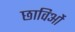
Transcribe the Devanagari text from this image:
छाविओं